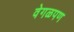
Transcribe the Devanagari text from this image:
वेगळपण